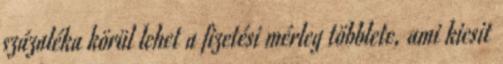
százaléka körül lehet a fizetési mérleg többlete, ami kicsit